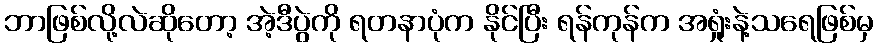
ဘာဖြစ်လို့လဲဆိုတော့ အဲ့ဒီပွဲကို ရတနာပုံက နိုင်ပြီး ရန်ကုန်က အရှုံးနဲ့သရေဖြစ်မှ